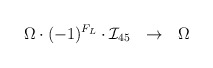
\begin{align*}\Omega \cdot (-1)^{F_L} \cdot {\mathcal I}_{45}~~ \to ~~ \Omega\end{align*}